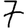
Digit: 7